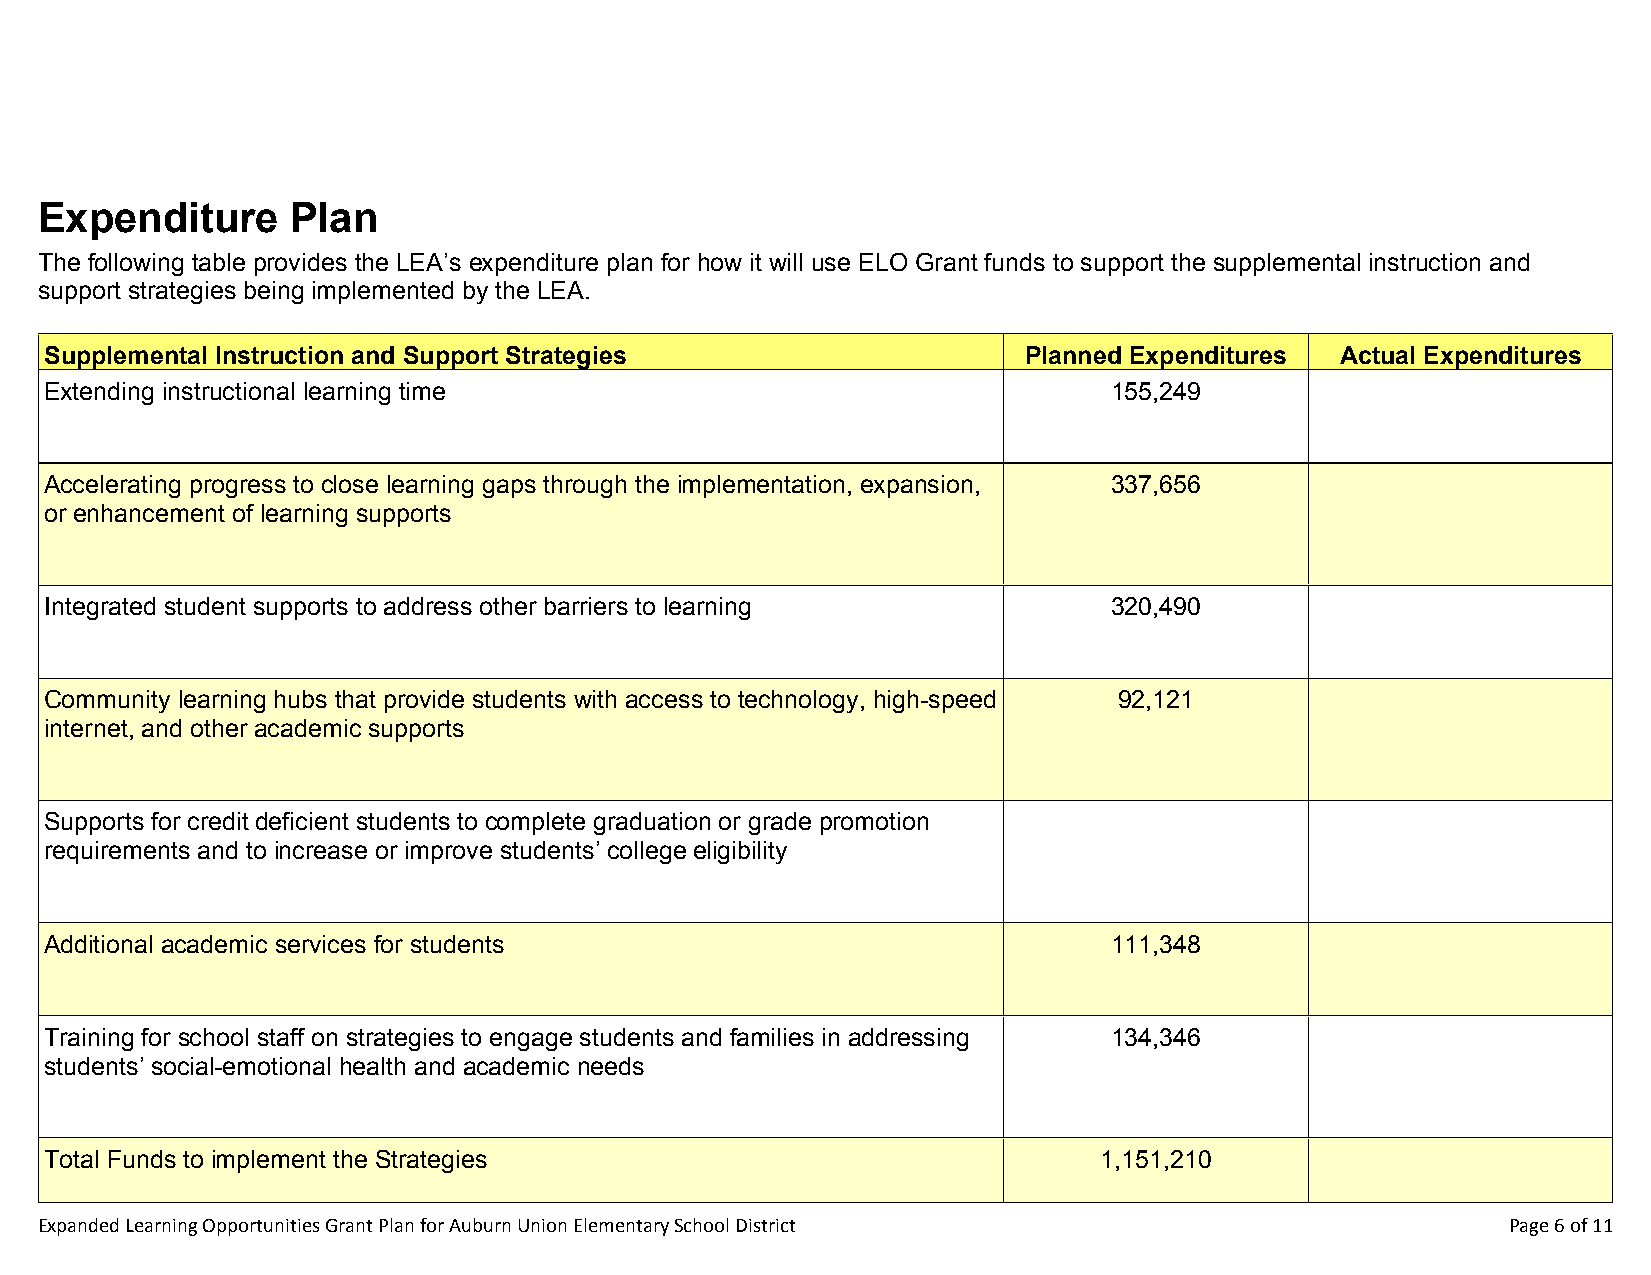
Expenditure      Plan
 The following table provides the LEA’s expenditure plan for how it will use ELO Grant funds to support the supplemental instruction and
 support strategies being implemented by the LEA.
 Supplemental Instruction and Support Strategies                  Planned Expenditures Actual Expenditures
 Extending instructional learning time                                 155,249
 Accelerating progress to close learning gaps through the implementation, expansion, 337,656
 or enhancement of learning supports
 Integrated student supports to address other barriers to learning     320,490
 Community learning hubs that provide students with access to technology, high-speed 92,121
 internet, and other academic supports
 Supports for credit deficient students to complete graduation or grade promotion
 requirements and to increase or improve students’ college eligibility
 Additional academic services for students                             111,348
 Training for school staff on strategies to engage students and families in addressing 134,346
 students’ social-emotional health and academic needs
 Total Funds to implement the Strategies                               1,151,210
 Expanded Learning Opportunities Grant Plan for Auburn Union Elementary School District            Page 6 of 11